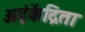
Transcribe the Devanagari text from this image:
अहंकेंद्रिता